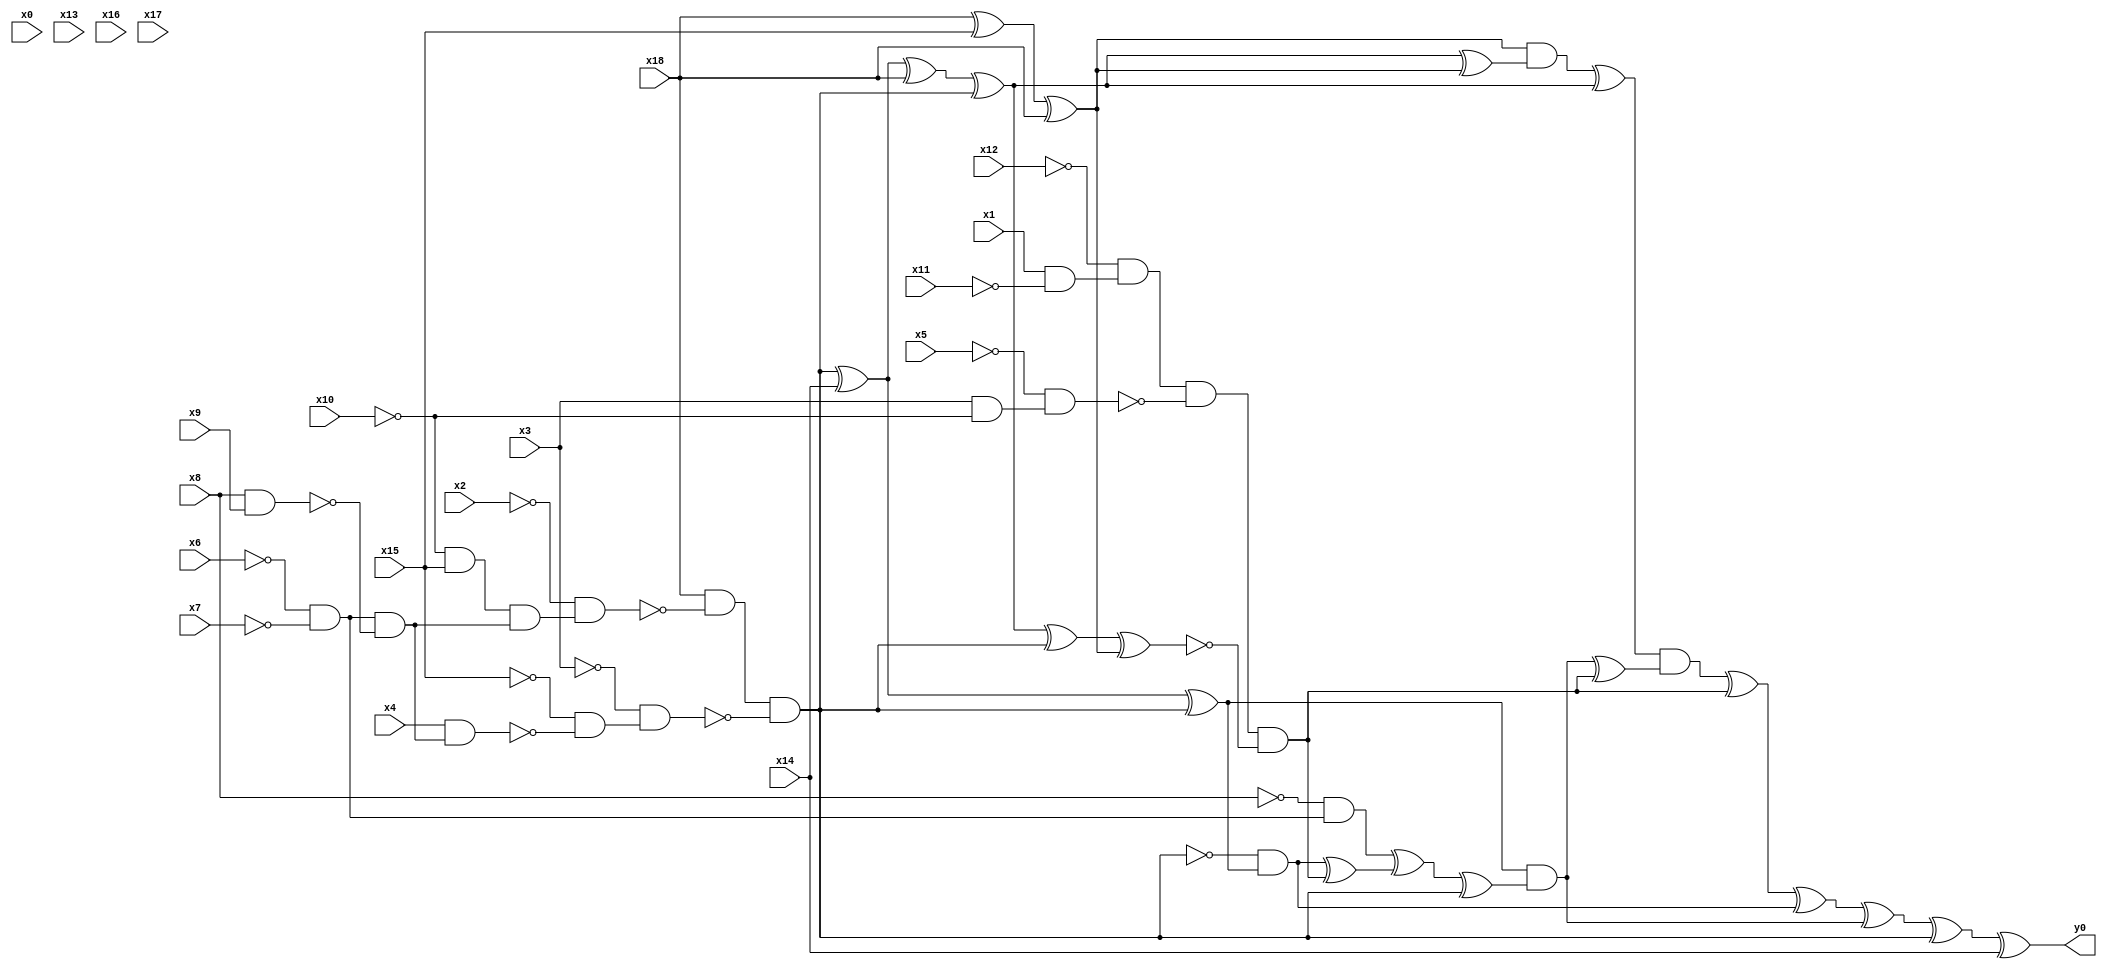
module top( x0 , x1 , x2 , x3 , x4 , x5 , x6 , x7 , x8 , x9 , x10 , x11 , x12 , x13 , x14 , x15 , x16 , x17 , x18 , y0 );
  input x0 , x1 , x2 , x3 , x4 , x5 , x6 , x7 , x8 , x9 , x10 , x11 , x12 , x13 , x14 , x15 , x16 , x17 , x18 ;
  output y0 ;
  wire n20 , n21 , n22 , n23 , n24 , n25 , n26 , n27 , n28 , n29 , n30 , n31 , n32 , n33 , n34 , n35 , n36 , n37 , n38 , n39 , n40 , n41 , n42 , n43 , n44 , n45 , n46 , n47 , n48 , n49 , n50 , n51 , n52 , n53 , n54 , n55 , n56 , n57 , n58 , n59 , n60 ;
  assign n20 = x18 ^ x15 ;
  assign n21 = n20 ^ x18 ;
  assign n22 = ~x10 & x15 ;
  assign n23 = ~x6 & ~x7 ;
  assign n24 = x8 & x9 ;
  assign n25 = n23 & ~n24 ;
  assign n26 = n22 & n25 ;
  assign n27 = ~x2 & n26 ;
  assign n28 = x18 & ~n27 ;
  assign n29 = x4 & n25 ;
  assign n30 = ~x15 & ~n29 ;
  assign n31 = ~x3 & n30 ;
  assign n32 = n28 & ~n31 ;
  assign n33 = n32 ^ x14 ;
  assign n34 = n33 ^ x18 ;
  assign n35 = n34 ^ n32 ;
  assign n36 = n35 ^ n21 ;
  assign n37 = n21 & n36 ;
  assign n38 = n37 ^ n35 ;
  assign n39 = n33 ^ n32 ;
  assign n50 = ~x8 & n23 ;
  assign n48 = ~n32 & n39 ;
  assign n40 = x1 & ~x11 ;
  assign n41 = ~x12 & n40 ;
  assign n42 = x3 & ~x10 ;
  assign n43 = ~x5 & n42 ;
  assign n44 = n41 & ~n43 ;
  assign n45 = n35 ^ n32 ;
  assign n46 = n45 ^ n21 ;
  assign n47 = n44 & ~n46 ;
  assign n49 = n48 ^ n47 ;
  assign n51 = n50 ^ n49 ;
  assign n52 = n51 ^ n32 ;
  assign n53 = n39 & n52 ;
  assign n54 = n53 ^ n47 ;
  assign n55 = n38 & n54 ;
  assign n56 = n55 ^ n47 ;
  assign n57 = n56 ^ n48 ;
  assign n58 = n57 ^ n53 ;
  assign n59 = n58 ^ n32 ;
  assign n60 = n59 ^ x14 ;
  assign y0 = n60 ;
endmodule